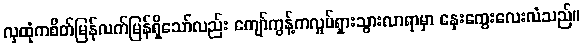
လှထုံကစိတ်မြန်လက်မြန်ရှိသော်လည်း ကျော်ကွန့်ကလှုပ်ရှားသွားလာရာမှာ နှေးကွေးလေးလံသည်။